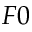
F 0